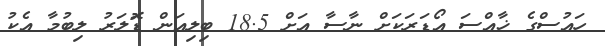
ހައުސްގެ ޚާއްސަ އޯޑަރަކަށް ނާސާ އަށް 18.5 ބިލިއަން ޑޮަލަރު ލިބުމާ އެކު